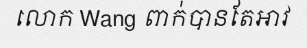
លោក Wang ពាក់បានតែអាវ